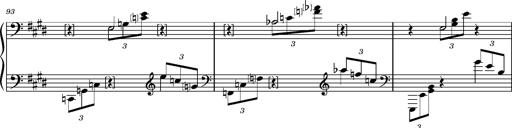
Title: PrÃ©ludes et Harmonies poÃ©tiques et religieuses
Composer: Franz Liszt